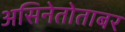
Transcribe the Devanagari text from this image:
असिनेतोताबर